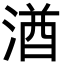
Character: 湭